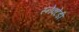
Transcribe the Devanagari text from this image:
स्नेक्टेडी